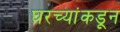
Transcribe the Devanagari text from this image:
घरच्यांकडून